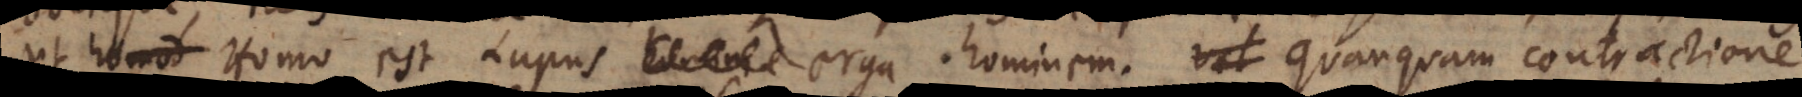
ut Homo est Lupus homini. erga hominem. Quanquam contractione